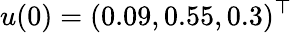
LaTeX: u(0)=(0.09,0.55,0.3)^{\top}